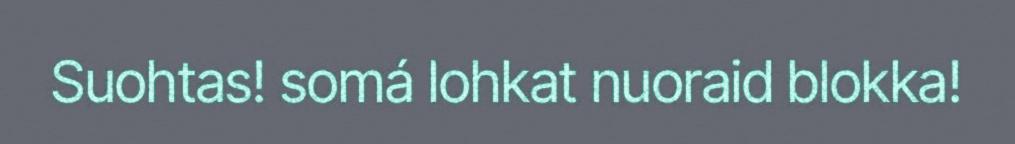
Suohtas! somá lohkat nuoraid blokka!